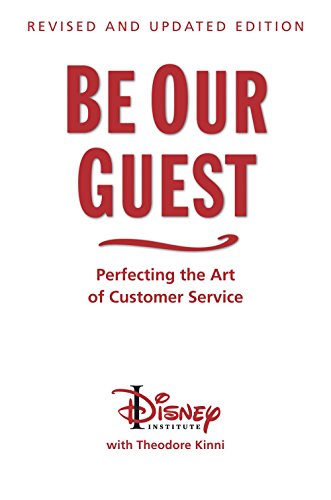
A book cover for Be Our Guest: Perfecting the Art of Customer Service (Disney Institute Book, A); The Disney Institute; Business & Money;